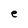
Character: e